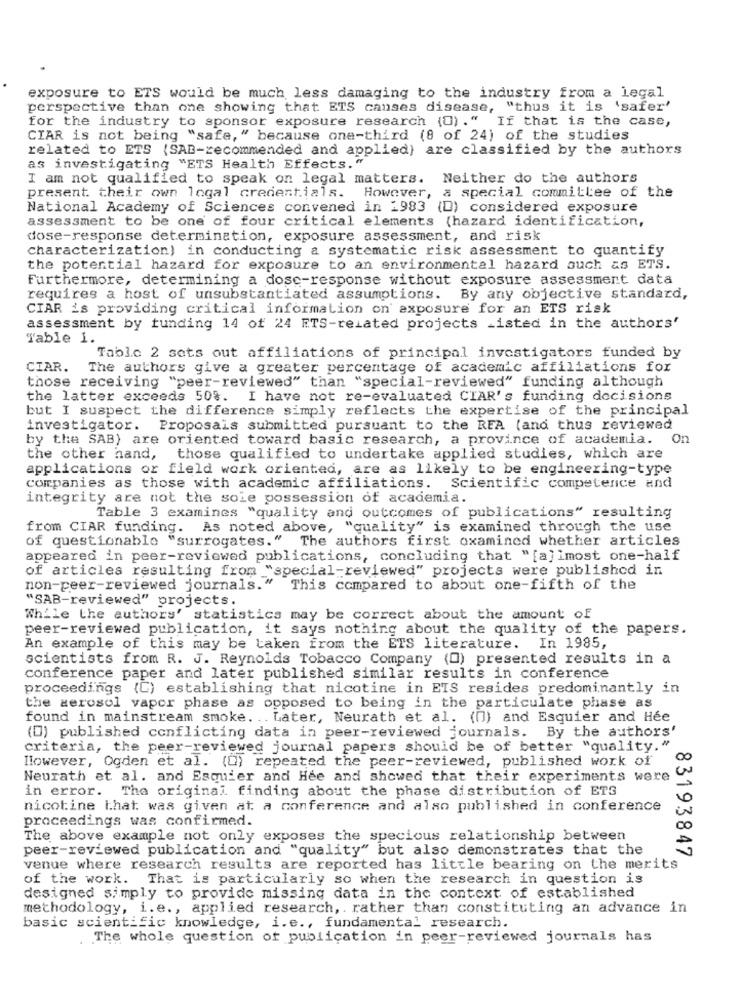
exposure to ETS would be much less damaging to the industry from a legal
perspective than one showing that ETS canses disease, "thus it is 'safer'
for the industry to sponsor exposure research (0)." If that is the case,
CIAR is not being "safe," because one-third (8 of 24) of the studies
related to ETS {SAB-recommended and applied) are classified by the authors
as investigating "ETS Health Effects."
I am not qualified to speak on legal matters. Neither do the authors
present their own logal credentials. However, a special committee of the
National Academy of Sciences convened in 1983 (D) considered exposure
assessment to be one of four critical elements (hazard identification,
dose-response determination, exposure assessment, and risk
characterization) in conducting a systematic risk assessment to quantify
the potential hazard for exposure to an environmental hazard such as ETS.
Furthermore, determining a dose-response without exposure assessment data
requires a host of unsubstantiated assumptions. By any objective standard,
CIAR is providing critical information on exposure for an ETS risk
assessment by funding 14 of 24 ETS-related projects _isted in the authors'
Table 1.
Tablo 2 sets out affiliations of principal investigators funded by
CIAR.
The authors give a greater percentage of academic affiliations for
those receiving "peer-reviewed" than "special-reviewed" funding although
the latter exceeds 50%. I have not re-evaluated CIAR's funding decisions
but I suspect the difference simply reflects the expertise of the principal
investigator. Proposais submitted pursuant to the REA (and thus reviewed
by the SAB) are oriented toward basic research, a province of academia. On
the other hand, those qualified to undertake applied studies, which are
applications or field work oriented, are as likely to be engineering-type
companies as those with academic affiliations. Scientific competence and
integrity are not the sole possession of academia.
Table 3 examines "quality and outcomes of publications" resulting
from CIAR funding. As noted above, "quality" is examined through the use
of questionable "surrogates." The authors first oxamined whether articles
appeared in peer-reviewed publications, concluding that " [a] imost one-half
of articles resulting from "special-reviewed" projects were published in
non-peer-reviewed journals."
This compared to about one-fifth of the
"SAB-reviewed" projects.
While the authors' statistics may be correct about the amount of
peer-reviewed publication, it says nothing about the quality of the papers.
An example of this may be taken from the ETS literature. In 1985,
scientists from R. J. Reynolds Tobacco Company (0) presented results in a
conference paper and later published similar results in conference
proceedings (C) establishing that nicotine in ETS resides predominantly in
the aerosol vapor phase as opposed to being in the particulate phase as
found in mainstream smoke. .. Later, Neurath et al. (0) and Esquier and Hee
(D) published conflicting data in peer-reviewed journals. By the authors'
criteria, the peer-reviewed journal papers should be of better "quality."
However, Ogden et al. (0) repeated the peer-reviewed, published work of
Neurath et al. and Esquier and Hee and showed that their experiments were
in error. The original finding about the phase distribution of ETS
nicotine that was given at a conference and also published in conference
in
proceedings was confirmed.
Co
The above example not only exposes the specious relationship between
peer-reviewed publication and "quality" but also demonstrates that the
83193847
venue where research results are reported has little bearing on the merits
of the work. That is particularly so when the research in question is
designed simply to provide missing data in the context of established
methodology, i.e ., applied research, . rather than constituting an advance in
basic scientific knowledge, i.e ., fundamental research.
. The whole question of publication in peer-reviewed journals has